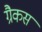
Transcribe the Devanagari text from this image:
ग्रैकस